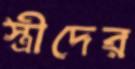
স্ত্রীদের